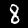
Label: 8